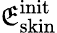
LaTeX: \mathfrak{E}_{\mathrm{{skin}}}^{\mathrm{{init}}}